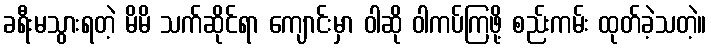
ခရီးမသွားရတဲ့ မိမိ သက်ဆိုင်ရာ ကျောင်းမှာ ဝါဆို ဝါကပ်ကြဖို့ စည်းကမ်း ထုတ်ခဲ့သတဲ့။